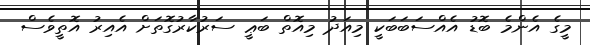
މީގެ އެންމެ ބޮޑު އެއްސަބަބަކީ މިއަދު މިއޮތް ބަޢީ ސަރުކާރުގޮތަށް އެއިރު އޮތީވެސް